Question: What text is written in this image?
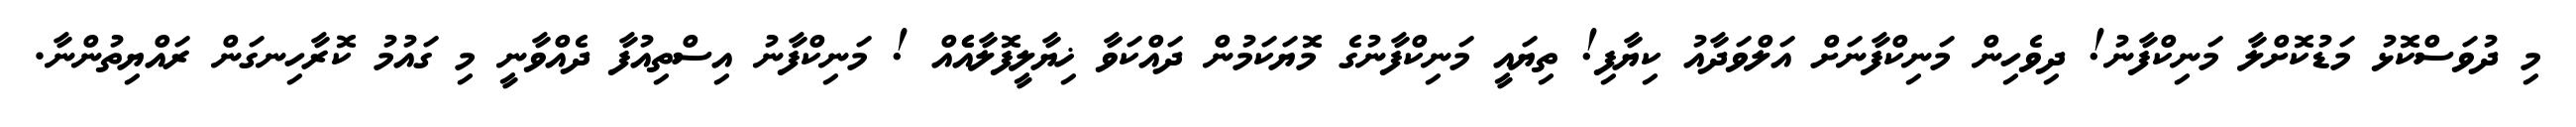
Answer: މި ދުވަސްކޮޅު މަޑުކޮށްލާ މަނިކްފާނު! ދިވެހިން މަނިކްފާނަށް އަލްވަދާއު ކިޔާފި! ތިޔައީ މަނިކްފާނުގެ މޮޔަކަމުން ދައްކަވާ ޚިޔާލީފޮލާއެެއް ! މަނިކްފާނު އިސްތިއުފާ ދެއްވާނީ މި ގައުމު ކޮރާހިނގަން ރައްޔިތުންނާ.